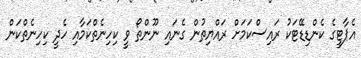
އެޕާޓީގެ ކެންޑިޑޭޓަކު ރައިސްކަމަށް ރައްޔިތުން ގެނައި ނޫންތޯ ވީ ކިހިނެތްކަމާއި ހެދީ ކިހިނެތްކަން